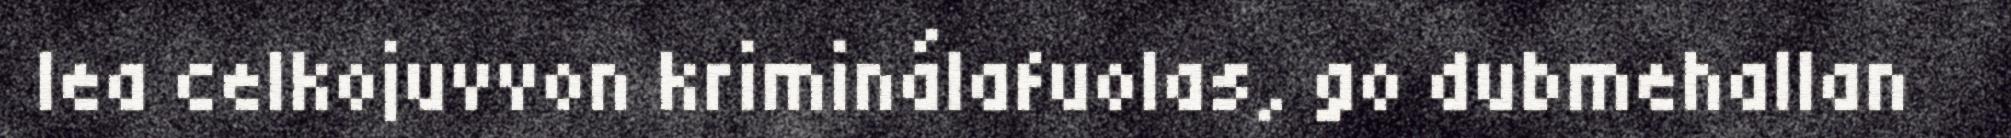
lea celkojuvvon kriminálafuolas, go dubmehallan